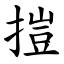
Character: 㨟